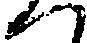
へ